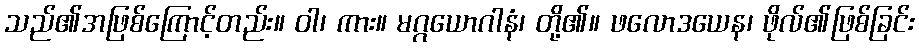
သည်၏အဖြစ်ကြောင့်တည်း။ ဝါ၊ ကား။ မဂ္ဂယောဂါနံ၊ တို့၏။ ဖလောဒယေန၊ ဖိုလ်၏ဖြစ်ခြင်း